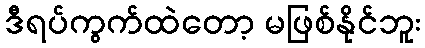
ဒီရပ်ကွက်ထဲတော့ မဖြစ်နိုင်ဘူး